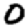
Digit: 0